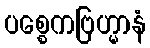
ပစ္စေကဗြဟ္မာနံ